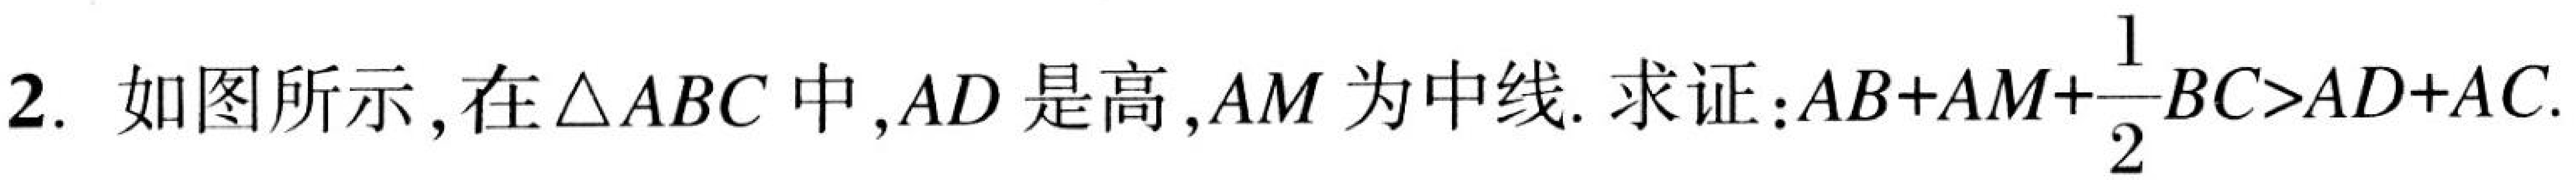
2. 如图所示，在\(\triangle ABC\)中，\(AD\)是高，\(AM\)为中线. 求证：\(AB + AM+\dfrac{1}{2}BC>AD + AC\).